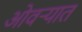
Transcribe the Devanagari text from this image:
ओवर्‍यात